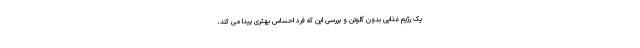
یک رژیم غذایی بدون گلوتن و بررسی این که فرد احساس بهتری پیدا می کند،